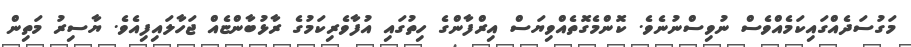
މަގުސަދެއްގައިކަމެއްވެސް ނުވިސްނުނެވެ. ކޮންމެގޮތެއްވިޔަސް އިރްފާންގެ ހިތުގައި އުފާވެރިކަމުގެ ރާޅުބާންޏެއް ޖަހާލައިފިއެވެ. ޔާސިރު މަތިން